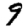
Digit: 9